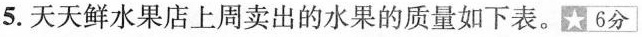
5.天天鲜水果店上周卖出的水果的质量如下表。6分